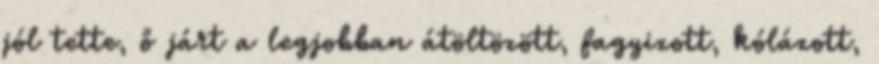
jól tette, ő járt a legjobban átöltözött, fagyizott, kólázott,